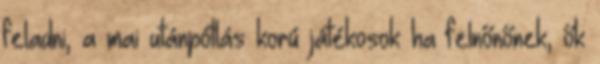
feladni, a mai utánpótlás korú játékosok ha felnőnőnek, ők